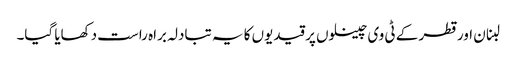
لبنان اور قطر کے ٹی وی چینلوں پر قیدیوں کا یہ تبادلہ براہ راست دکھایا گیا۔